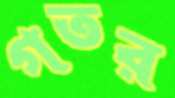
গতর